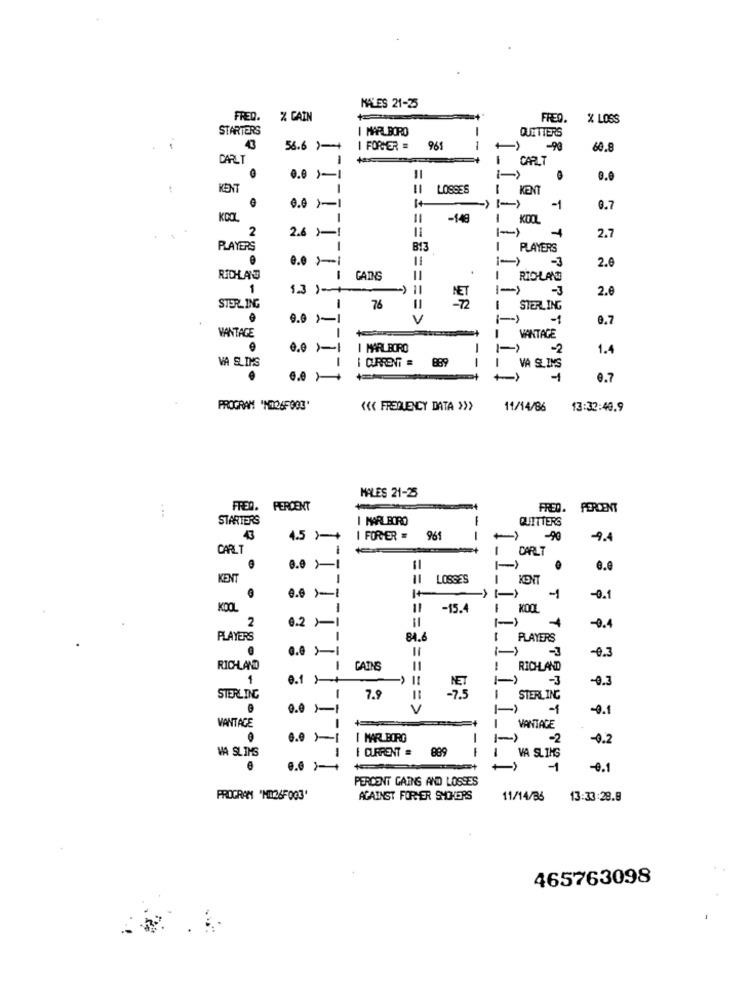
MALES 21-25
FRED.
% CAIN
FRED. % LOSS
STARTERS
I MARLBORO
QUE TTERS
43
56.6 )-+
I FORMER .
965
--
-99
60.8
CARLT
CART
0.0 )-1
KENT
LOSSES
1
KENT
0.0 >-1
-1
0.7
-
-148
1
KOOL
2
11
4
2.7
2.6 ) -!
PLAYERS
-
B13
= =====
PLAYERS
0.0 ›-1
1-)
-3
2.0
.
RICHARD
-
CADNS
= =
1
13 )-
-3
2.6
1
STERLING
76
-72
STERLING
0.0 }-
V
-- 1
0.7
1
VANTAGE
MANTACE
I MARLBORO
-2
1.4
VA SLIMS
889
111111
VA SLIMS
1
0.7
PROGRAM "X126F903'
"< FREQUENCY DATA >>>
11/14/86
13:32:40.9
MALES 21-25
FRED. PERCENT
FRED. PERCENT
STARTERS
I MARLBORO
QUITTERS
43
4.5 )-++
I FORYER .
961
-90
-9.4
CARLT
-
CARLT
0.0 >1
11
KENT
LOSSES
KENT
-1
-0.1
8
-15.4
I KOOL
2
0.2 11
=====
-0.4
PLAYERS
-
84.
PLAYERS
0.0 >1
-0.3
RICHLAND
1
CAINS
RICHLAND
1
0.1 1
1-)
-3
-0.3
STERLING
7.9
-73
1
STERLING
0.0 1-
==== >
-0.1
-
VANTAGE
VANTAGE
6.0 11
I MARLBORO
-2
-0.2
MA SLIMS
I CURRENT = 889
--
VA SLING
-1
-0.
PERCENT GAINS AND LOSSES
PROGRAM MI26F003'
AGAINST FORYER SHOWERS
11/14/36
13:33:28.8
465763098